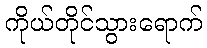
ကိုယ်တိုင်သွားရောက်